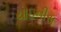
ચાઇનીસ